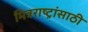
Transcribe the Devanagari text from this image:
मित्रराष्ट्रांसाठी